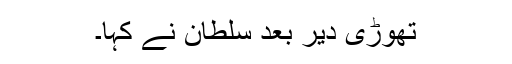
تھوڑی دیر بعد سلطان نے کہا۔